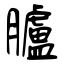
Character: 臚